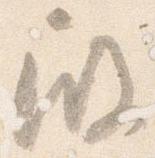
殿